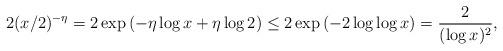
LaTeX: \begin{align*}2(x/2)^{-\eta}& = 2\exp\left(-\eta \log x + \eta\log 2\right) \leq 2\exp\left(-2\log \log x\right) = \frac{2}{(\log x)^2}, \end{align*}